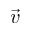
\vec { v }